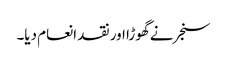
سنجر نے گھوڑا اور نقد انعام دیا۔